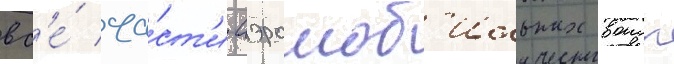
вс'е́ ча́ст'и аэромоб'ильных воиск